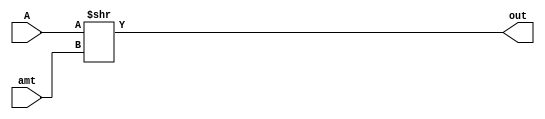
module RightShift 
#(  parameter BIT_SIZE = 24,
    parameter SHIFT_SIZE = 8)
(
    input [ BIT_SIZE-1:0] A,
    input [ SHIFT_SIZE-1:0] amt,
    output [ BIT_SIZE-1:0] out
    );

assign out = A >> amt;

endmodule